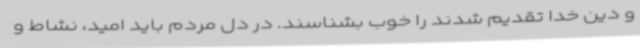
و دین خدا تقدیم شدند را خوب بشناسند. در دل مردم باید امید، نشاط و